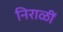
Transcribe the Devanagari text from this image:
निराळीं